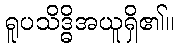
ရူပသိဒ္ဓိအယူရှိ၏။